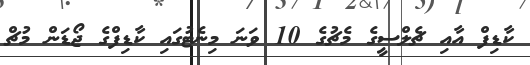
ކާޑިފް އާއި ޗެލްސީގެ މެޗުގެ 10 ވަނަ މިނެޓުގައި ކާޑިފްގެ ޖޯޑަން މުޗް